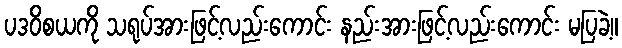
ပဒဝိစယကို သရုပ်အားဖြင့်လည်းကောင်း နည်းအားဖြင့်လည်းကောင်း မပြခဲ့။